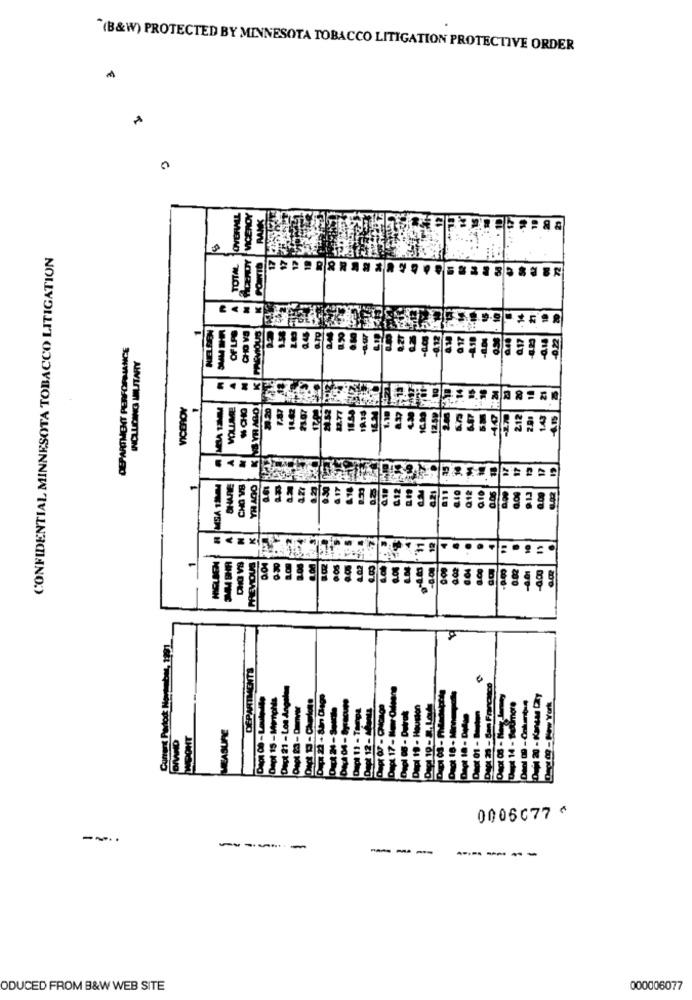
"(B&W) PROTECTED BY MINNESOTA TOBACCO LITIGATION PROTECTIVE ORDER
CONFIDENTIAL MINNESOTA TOBACCO LITIGATION
DEPARTMENT PERFORMANCE
BA OF
VICEROY
0006077 6
--..
----
---
----- --
ODUCED FROM B&W WEB SITE
000006077